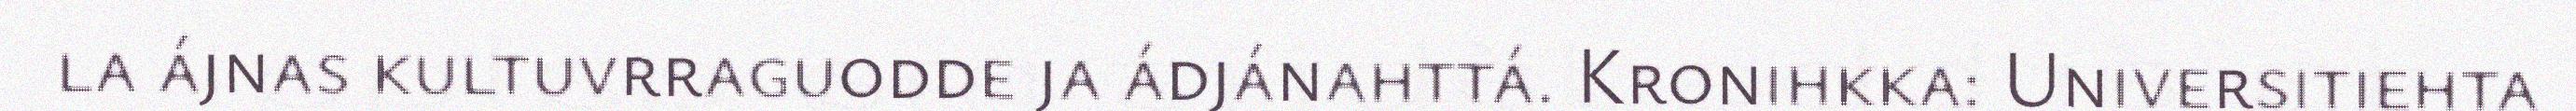
la ájnas kultuvrraguodde ja ádjánahttá. Kronihkka: Universitiehta